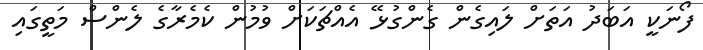
ފޯނަކީ އަބަދު އަތަށް ލައިގެން ގެންގުޅޭ އެއްޗަކަށް ވުމުން ކެމެރާގެ ލެންސް މަތީގައި